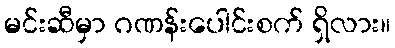
မင်းဆီမှာ ဂဏန်းပေါင်းစက် ရှိလား။